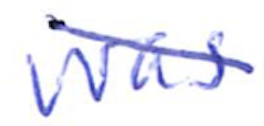
Text: was
Cross-out: diagonal
Writing tool: ballpoint